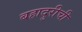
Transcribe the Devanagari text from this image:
बहादुरीची